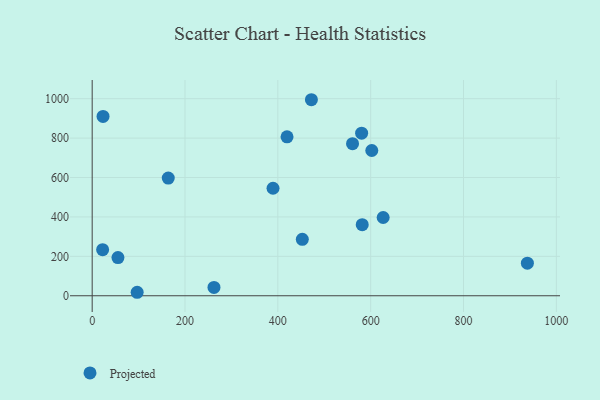
{"axis": {"x": "Speed", "y": "Rating"}, "legend": ["Projected"], "data": [{"x": "96.9", "y": 17.7, "type": "Projected"}, {"x": "937.6", "y": 165.6, "type": "Projected"}, {"x": "262.4", "y": 42.3, "type": "Projected"}, {"x": "452.7", "y": 286.4, "type": "Projected"}, {"x": "419.8", "y": 806.4, "type": "Projected"}, {"x": "55.5", "y": 193.7, "type": "Projected"}, {"x": "580.5", "y": 824.9, "type": "Projected"}, {"x": "22.5", "y": 233.8, "type": "Projected"}, {"x": "560.9", "y": 771.9, "type": "Projected"}, {"x": "602.4", "y": 737.0, "type": "Projected"}, {"x": "163.9", "y": 597.2, "type": "Projected"}, {"x": "472.3", "y": 994.7, "type": "Projected"}, {"x": "389.6", "y": 545.5, "type": "Projected"}, {"x": "581.8", "y": 360.6, "type": "Projected"}, {"x": "626.9", "y": 397.0, "type": "Projected"}, {"x": "23.4", "y": 909.8, "type": "Projected"}]}